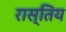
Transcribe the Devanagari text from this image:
रास्तिय